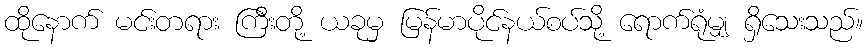
ထိုနောက် မင်းတရား ကြီးတို့ ယခုမှ မြန်မာပိုင်နယ်စပ်သို့ ရောက်ရုံမျှ ရှိသေးသည်။